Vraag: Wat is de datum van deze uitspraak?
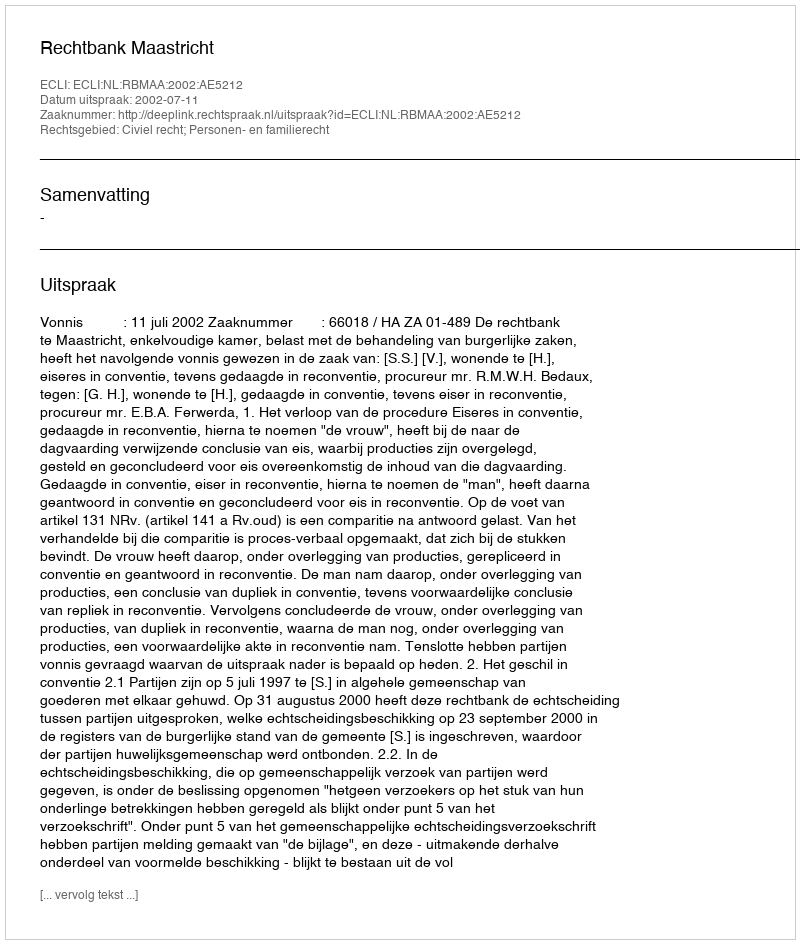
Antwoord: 2002-07-11